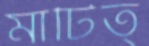
মাটিত্